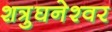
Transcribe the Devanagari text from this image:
शत्रुघनेश्वर